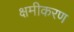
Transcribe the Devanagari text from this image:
क्षमीकरण